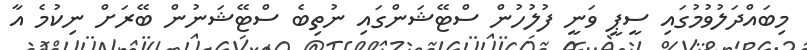
މިބައްދަލުވުމުގައި ސީޕީ ވަނީ ފުލުހުން ސްޓޭޝަންގައި ނުތިބެ ސްޓޭޝަނުން ބޭރަށް ނިކުމެ އާ